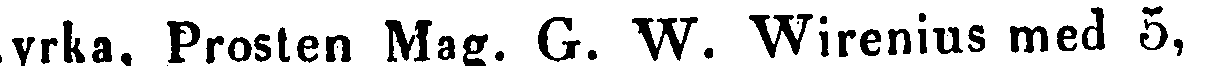
kyrka, Prosten, Mag. G. W. Wirenius med 5,